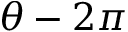
\theta - 2 \pi